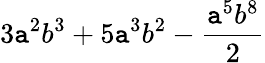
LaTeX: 3\mathtt{a}^{2}b^{3}+5\mathtt{a}^{3}b^{2}-\frac{{\mathtt{a}^{5}b^{8}}}{{2}}